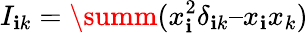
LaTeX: I_{\mathbf{i}k}=\summ(x_{\mathbf{i}}^{2}\delta_{\mathbf{i}k}–x_{\mathbf{i}}x_{k})